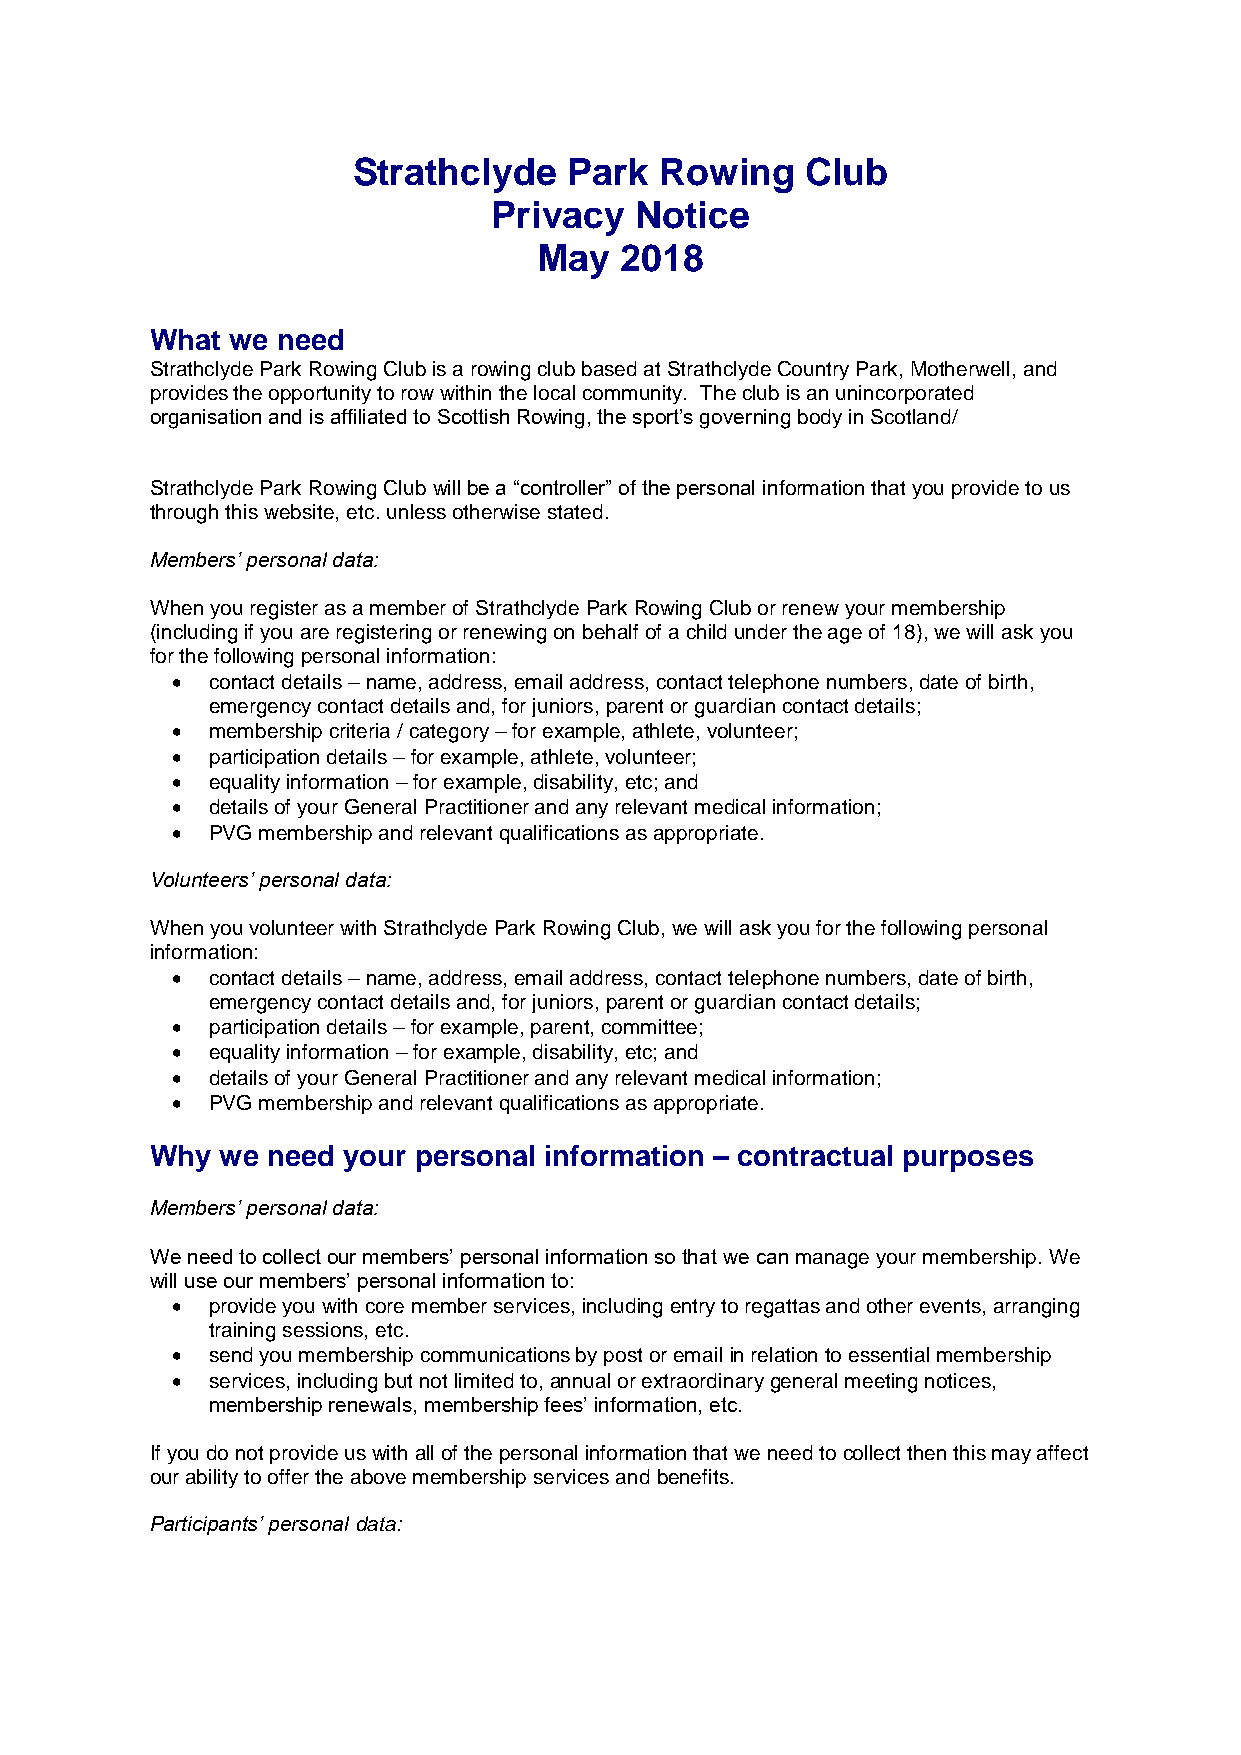
Strathclyde    Park  Rowing   Club
 Privacy   Notice
 May  2018
 What we need
 Strathclyde Park Rowing Club is a rowing club based at Strathclyde Country Park, Motherwell, and
 provides the opportunity to row within the local community. The club is an unincorporated
 organisation and is affiliated to Scottish Rowing, the sport’s governing body in Scotland/
 Strathclyde Park Rowing Club will be a “controller” of the personal information that you provide to us
 through this website, etc. unless otherwise stated.
 Members’ personal data:
 When you register as a member of Strathclyde Park Rowing Club or renew your membership
 (including if you are registering or renewing on behalf of a child under the age of 18), we will ask you
 for the following personal information:
   contact details – name, address, email address, contact telephone numbers, date of birth,
 emergency contact details and, for juniors, parent or guardian contact details;
   membership criteria / category – for example, athlete, volunteer;
   participation details – for example, athlete, volunteer;
   equality information – for example, disability, etc; and
   details of your General Practitioner and any relevant medical information;
   PVG membership and relevant qualifications as appropriate.
 Volunteers’ personal data:
 When you volunteer with Strathclyde Park Rowing Club, we will ask you for the following personal
 information:
   contact details – name, address, email address, contact telephone numbers, date of birth,
 emergency contact details and, for juniors, parent or guardian contact details;
   participation details – for example, parent, committee;
   equality information – for example, disability, etc; and
   details of your General Practitioner and any relevant medical information;
   PVG membership and relevant qualifications as appropriate.
 Why  we need your personal information – contractual purposes
 Members’ personal data:
 We need to collect our members’ personal information so that we can manage your membership. We
 will use our members’ personal information to:
   provide you with core member services, including entry to regattas and other events, arranging
 training sessions, etc.
   send you membership communications by post or email in relation to essential membership
   services, including but not limited to, annual or extraordinary general meeting notices,
 membership renewals, membership fees’ information, etc.
 If you do not provide us with all of the personal information that we need to collect then this may affect
 our ability to offer the above membership services and benefits.
 Participants’ personal data: